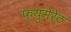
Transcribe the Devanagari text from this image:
फ्युमेरेट